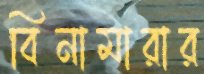
বিনামারার